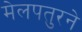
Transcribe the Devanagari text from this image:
मेलपतुरने